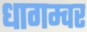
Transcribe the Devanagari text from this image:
धागम्वर